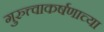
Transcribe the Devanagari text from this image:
गुरुत्त्वाकर्षणाच्या